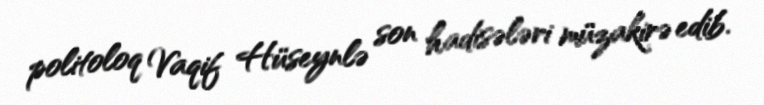
politoloq Vaqif Hüseynlə son hadisələri müzakirə edib.